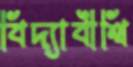
বিদ্যাবীথি